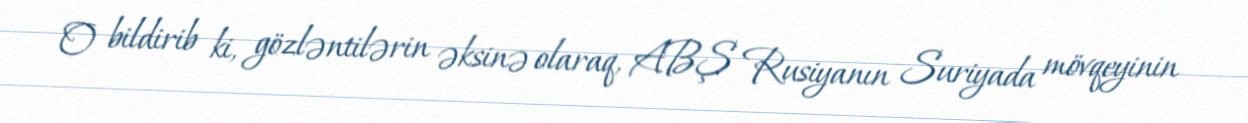
O bildirib ki, gözləntilərin əksinə olaraq, ABŞ Rusiyanın Suriyada mövqeyinin